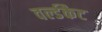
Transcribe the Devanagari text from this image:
वर्ल्डकैट